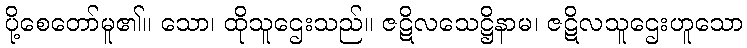
ပို့စေတော်မူ၏။ သော၊ ထိုသူဌေးသည်။ ဇဋိလသေဋ္ဌိနာမ၊ ဇဋိလသူဌေးဟူသော